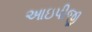
આઇપીજી